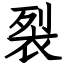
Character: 裂